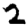
Digit: 2